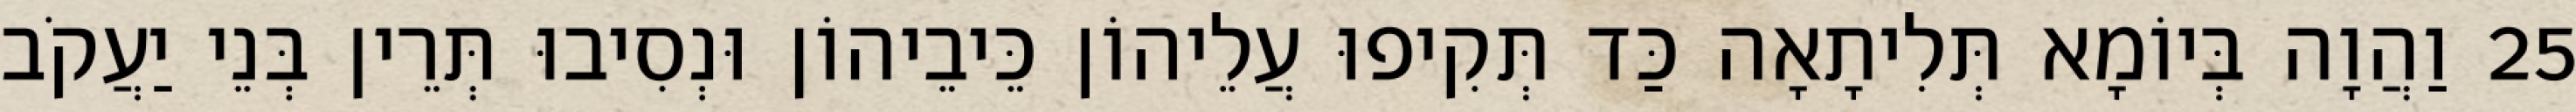
25 וַהֲוָה בְּיוֹמָא תְּלִיתָאָה כַּד תְּקִיפוּ עֲלֵיהוֹן כֵּיבֵיהוֹן וּנְסִיבוּ תְּרֵין בְּנֵי יַעֲקֹב